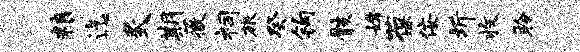
粮迄炙期薇祠旅癸钩骸嫦葆佞圻收聆